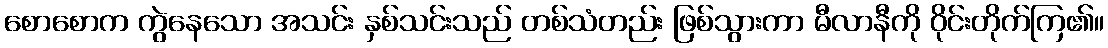
စောစောက ကွဲနေသော အသင်း နှစ်သင်းသည် တစ်သံတည်း ဖြစ်သွားကာ မီလာနီကို ဝိုင်းတိုက်ကြ၏။